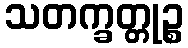
သတက္ခတ္တုဉ္စ